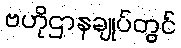
ဗဟိုဌာနချုပ်တွင်